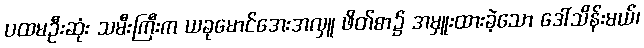
ပထမဦးဆုံး သမီးကြီးက ယခုမောင်အေးအလှူ ဖိတ်စာ၌ အမှူးထားခဲ့သော ဒေါ်သိန်းမယ်၊